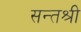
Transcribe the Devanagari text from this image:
सन्तश्री